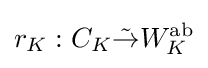
r_{K}:C_{K}{\tilde {\rightarrow }}W_{K}^{\text{ab}}